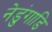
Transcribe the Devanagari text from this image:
नेडुंगाडि